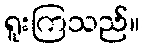
ရူးကြသည်။